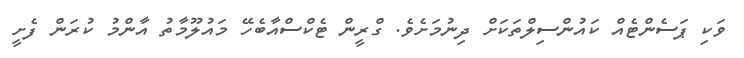
ވަކި ޕަސެންޓެއް ކައުންސިލްތަކަށް ދިނުމަށެވެ. ގްރީން ޓެކްސްއާބެހޭ މައުލޫމާތު އާންމު ކުރަން ފެށީ